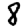
Digit: 8